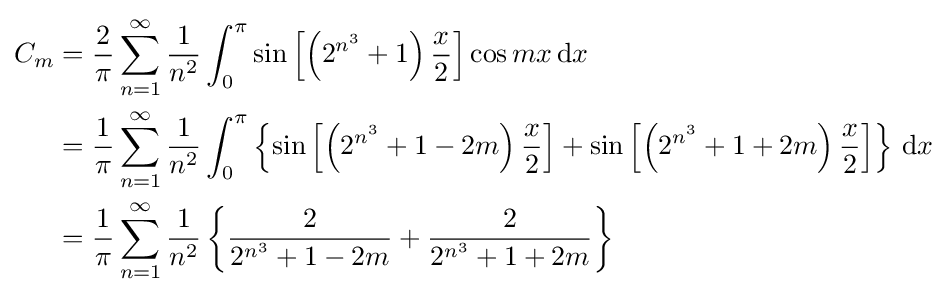
{\begin{aligned}C_{m}&={\frac {2}{\pi }}\sum _{n=1}^{\infty }{\frac {1}{n^{2}}}\int _{0}^{\pi }\sin \left[\left(2^{n^{3}}+1\right){\frac {x}{2}}\right]\cos {mx}\,\mathrm {d} x\\&={\frac {1}{\pi }}\sum _{n=1}^{\infty }{\frac {1}{n^{2}}}\int _{0}^{\pi }\left\{\sin \left[\left(2^{n^{3}}+1-2m\right){\frac {x}{2}}\right]+\sin \left[\left(2^{n^{3}}+1+2m\right){\frac {x}{2}}\right]\right\}\,\mathrm {d} x\\&={\frac {1}{\pi }}\sum _{n=1}^{\infty }{\frac {1}{n^{2}}}\left\{{\frac {2}{2^{n^{3}}+1-2m}}+{\frac {2}{2^{n^{3}}+1+2m}}\right\}\\\end{aligned}}